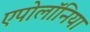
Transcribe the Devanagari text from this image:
एपोलॉनिया